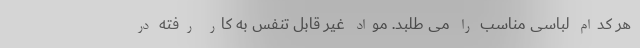
هر کدام لباسی مناسب را می طلبد. مواد غیر قابل تنفس به کار رفته در